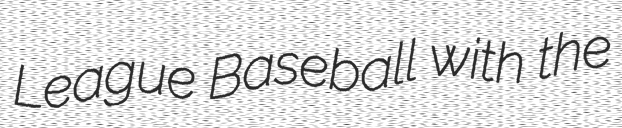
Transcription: League Baseball with the